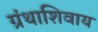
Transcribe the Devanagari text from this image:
ग्रंथाशिवाय